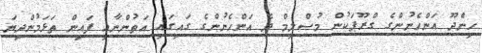
ހިންދޫ އަންހެނުންގެ ގްރޫޕަކުން މުސްލިމް ދެ އަންހެނުންގެ ގައިގައި އަތުންނާއި ފައިން ތަޅަމުންދިޔަ